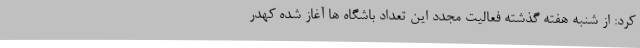
کرد: از شنبه هفته گذشته فعالیت مجدد این تعداد باشگاه ها آغاز شده کهدر